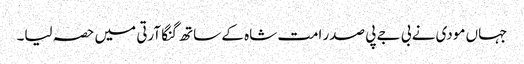
جہاں مودی نے بی جے پی صدر امت شاہ کے ساتھ گنگا آرتی میں حصہ لیا۔